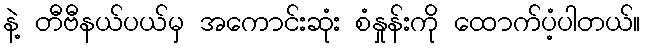
နဲ့ တီဗီနယ်ပယ်မှ အကောင်းဆုံး စံနှုန်းကို ထောက်ပံ့ပါတယ်။